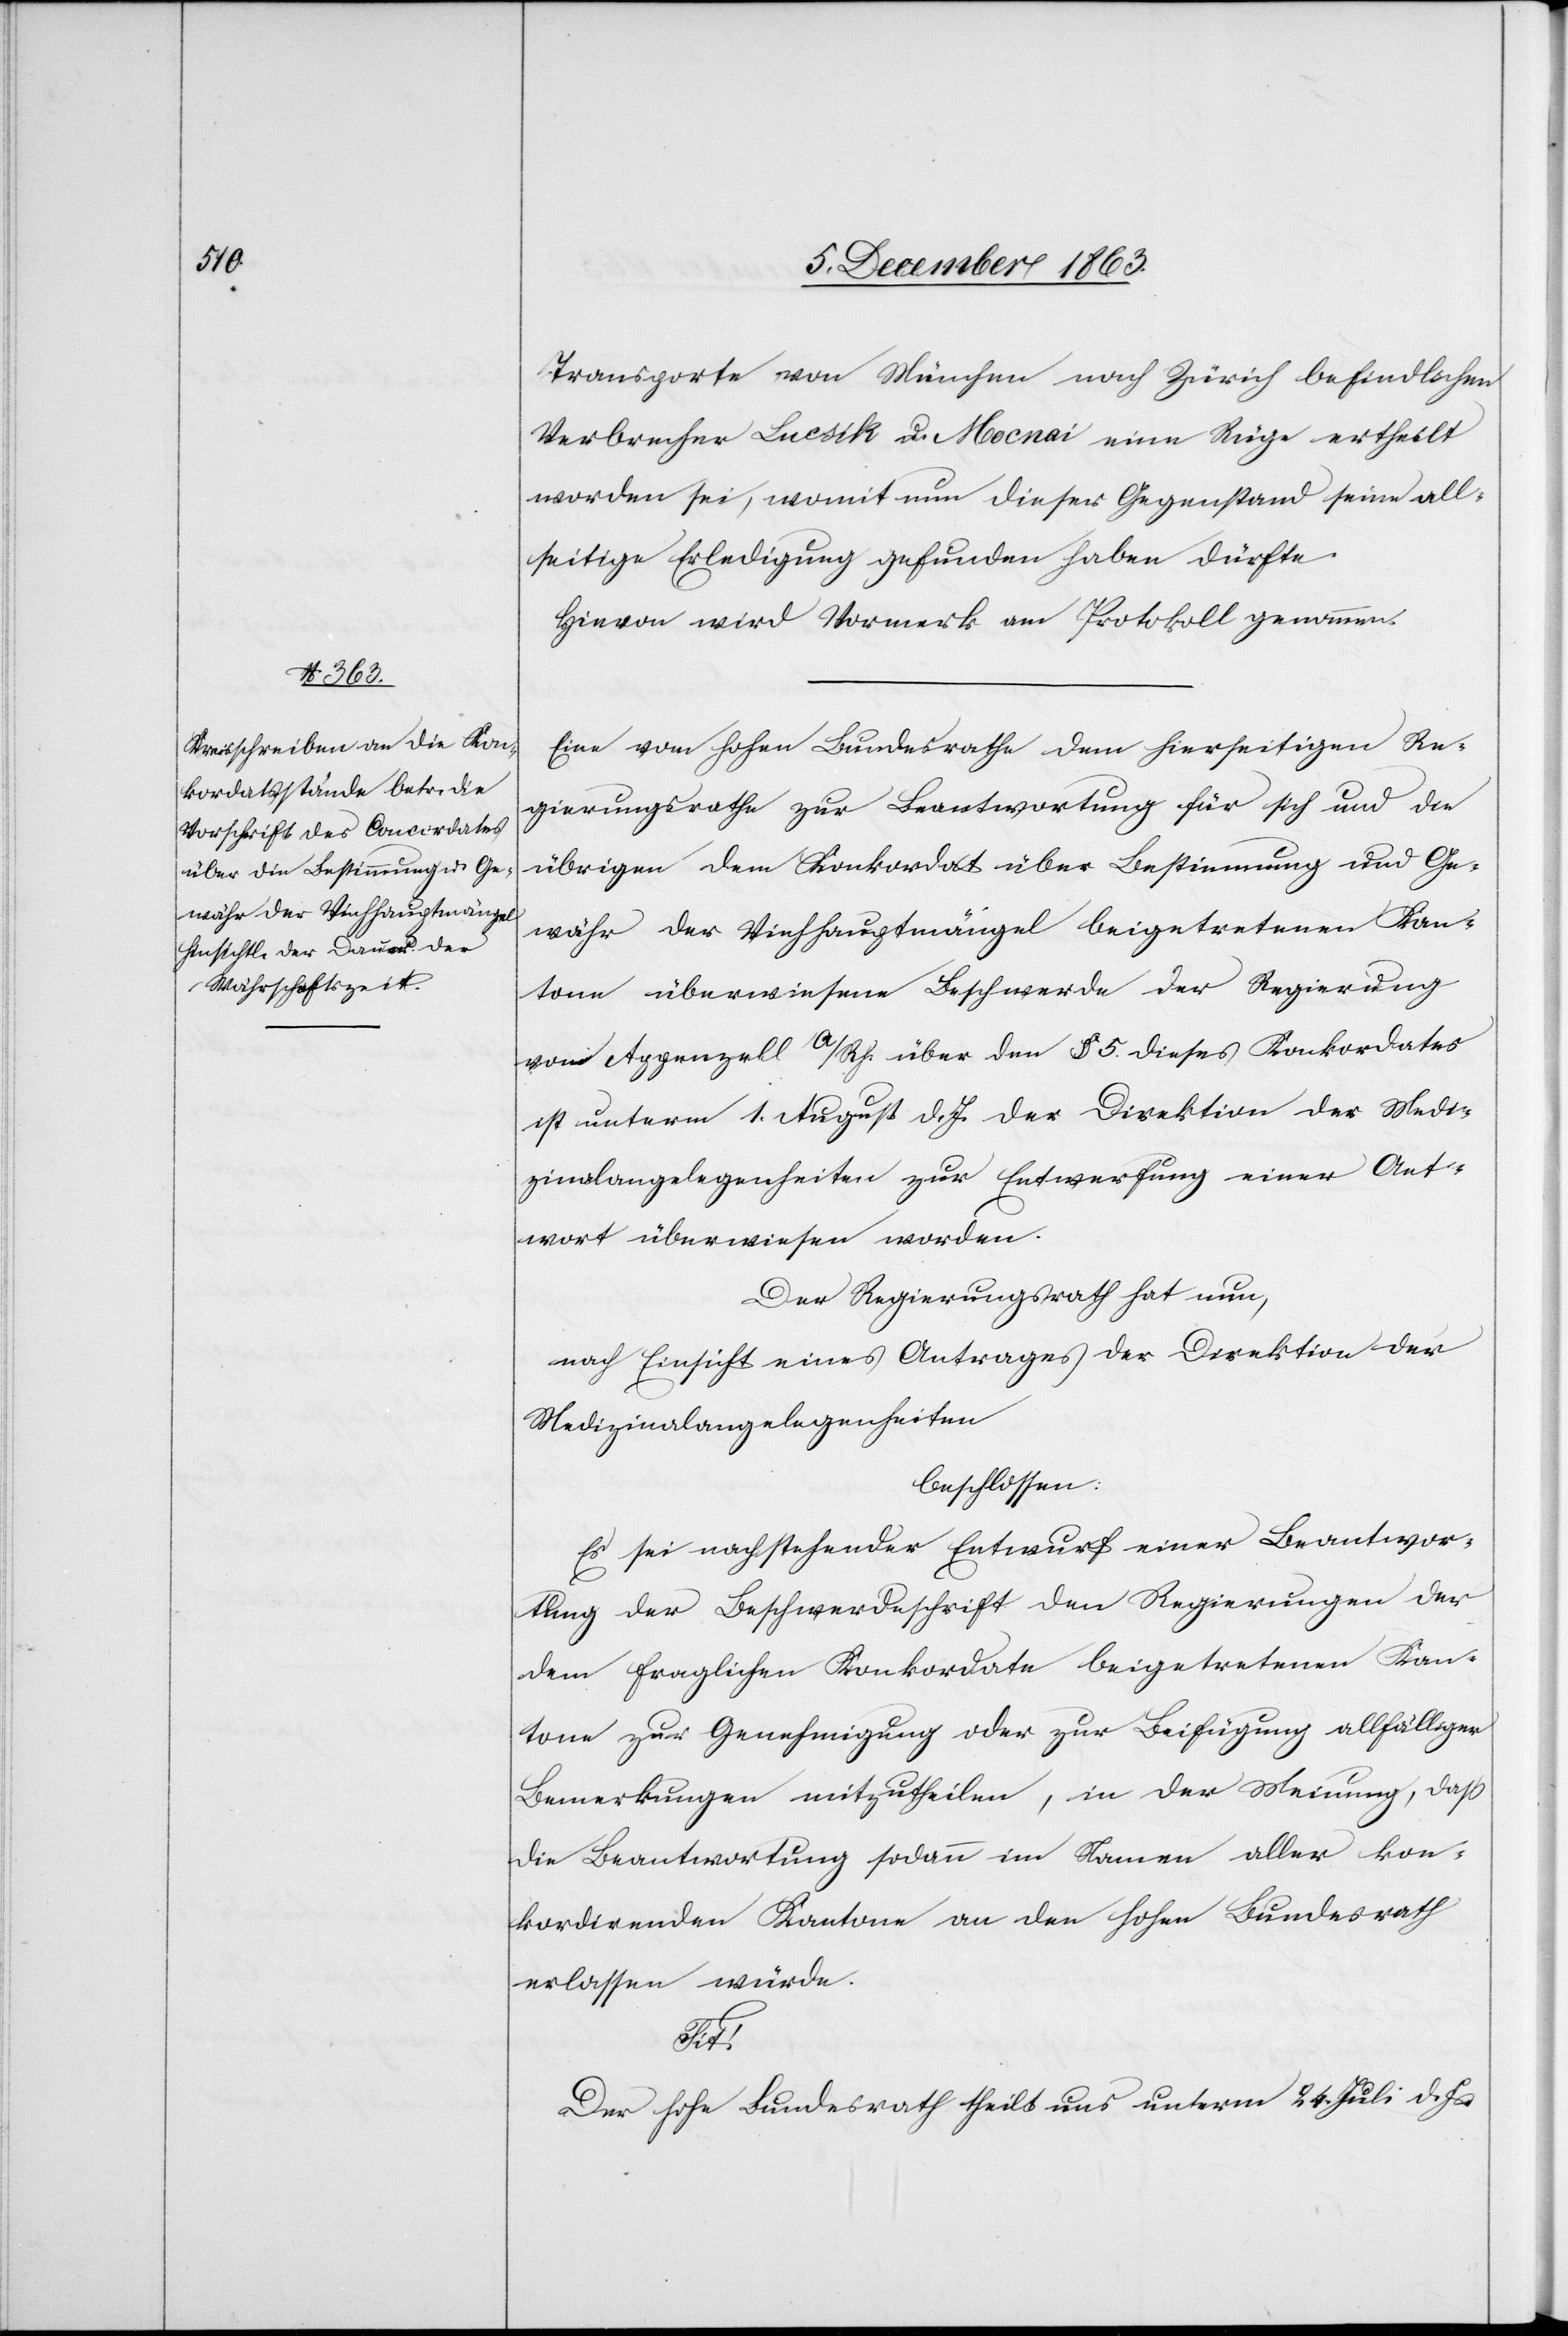
Transporte von München nach Zürich befindlichen
Verbrecher Lucsik u. Mocnai eine Rüge ertheilt
worden sei, womit nun dieser Gegenstand seine all¬
seitige Erledigung gefunden haben dürfte.
Hievon wird Vormerk am Protokoll genommen.
Eine vom hohen Bundesrathe dem hierseitigen Re¬
gierungsrathe zur Beantwortung für sich und die
übrigen dem Konkordat über Bestimmung und Ge¬
währ der Viehhauptmängel beigetretenen Kan¬
tone überwiesene Beschwerde der Regierung
von Appenzell a/Rh. über den § 5. dieses Konkordates
ist unterm 1. August d. Js. der Direktion der Medi¬
zinalangelegenheiten zur Entwerfung einer Ant¬
wort überwiesen worden.
Der Regierungsrath hat nun,
nach Einsicht eines Antrages der Direktion der
Medizinalangelegenheiten
beschlossen:
Es sei nachstehender Entwurf einer Beantwor¬
tung der Beschwerdeschrift den Regierungen der
dem fraglichen Konkordate beigetretenen Kan¬
tone zur Genehmigung oder zur Beifügung allfälliger
Bemerkungen mitzutheilen, in der Meinung, dass
die Beantwortung sodann im Namen aller kon¬
kordirenden Kantone an den hohen Bundesrath
erlassen würde.
Der hohe Bundesrath theilt uns unterm 24. Juli d. Js.